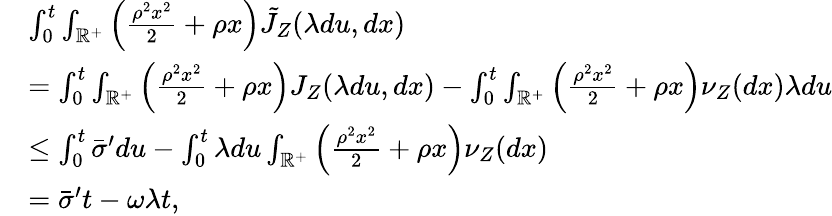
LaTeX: \begin{array}{rl}&{\int_{0}^{t}\int_{\mathbb{R}^{+}}\left(\frac{\rho^{2}x^{2}}{2}+\rho x\right)\tilde{J}_{Z}(\lambda du,dx)}\\ &{=\int_{0}^{t}\int_{\mathbb{R}^{+}}\left(\frac{\rho^{2}x^{2}}{2}+\rho x\right)J_{Z}(\lambda du,dx)-\int_{0}^{t}\int_{\mathbb{R}^{+}}\left(\frac{\rho^{2}x^{2}}{2}+\rho x\right)\nu_{Z}(dx)\lambda du}\\ &{\leq\int_{0}^{t}\bar{\sigma}^{\prime}du-\int_{0}^{t}\lambda du\int_{\mathbb{R}^{+}}\left(\frac{\rho^{2}x^{2}}{2}+\rho x\right)\nu_{Z}(dx)}\\ &{=\bar{\sigma}^{\prime}t-\omega\lambda t,}\end{array}